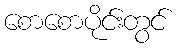
စောစောပိုင်းတွင်